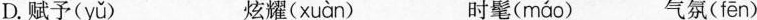
D.赋予( yǔ ) 炫耀( xuàn ) 时髦( máo ) 气氛( fēn )